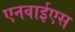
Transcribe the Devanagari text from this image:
एनवाईएस